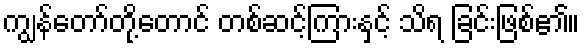
ကျွန်တော်တို့တောင် တစ်ဆင့်ကြားနှင့် သိရ ခြင်းဖြစ်၏။